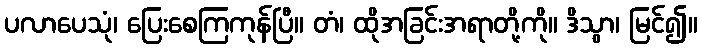
ပလာပေသုံ၊ ပြေးစေကြကုန်ပြီ။ တံ၊ ထိုအခြင်းအရာတို့ကို။ ဒိသွာ၊ မြင်၍။